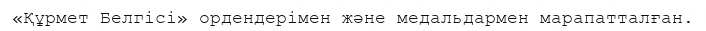
«Құрмет Белгісі» ордендерімен және медальдармен марапатталған.